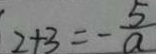
2 + 3 = - \frac { 5 } { a }